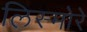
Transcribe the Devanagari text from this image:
लिस्मोरे